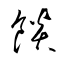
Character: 餤